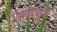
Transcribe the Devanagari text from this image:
एकदिवसी